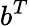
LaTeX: b^{T}